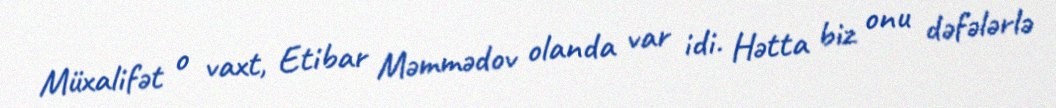
Müxalifət o vaxt, Etibar Məmmədov olanda var idi. Hətta biz onu dəfələrlə